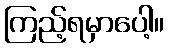
ကြည့်ရမှာပေါ့။